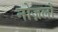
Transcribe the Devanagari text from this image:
नोज़लों